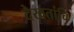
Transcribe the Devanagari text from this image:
देखतांचि